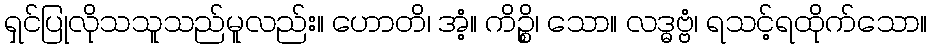
ရှင်ပြုလိုသသူသည်မူလည်း။ ဟောတိ၊ အံ့။ ကိဉ္စိ၊ သော။ လဒ္ဓဗ္ဗံ၊ ရသင့်ရထိုက်သော။